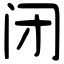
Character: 闭